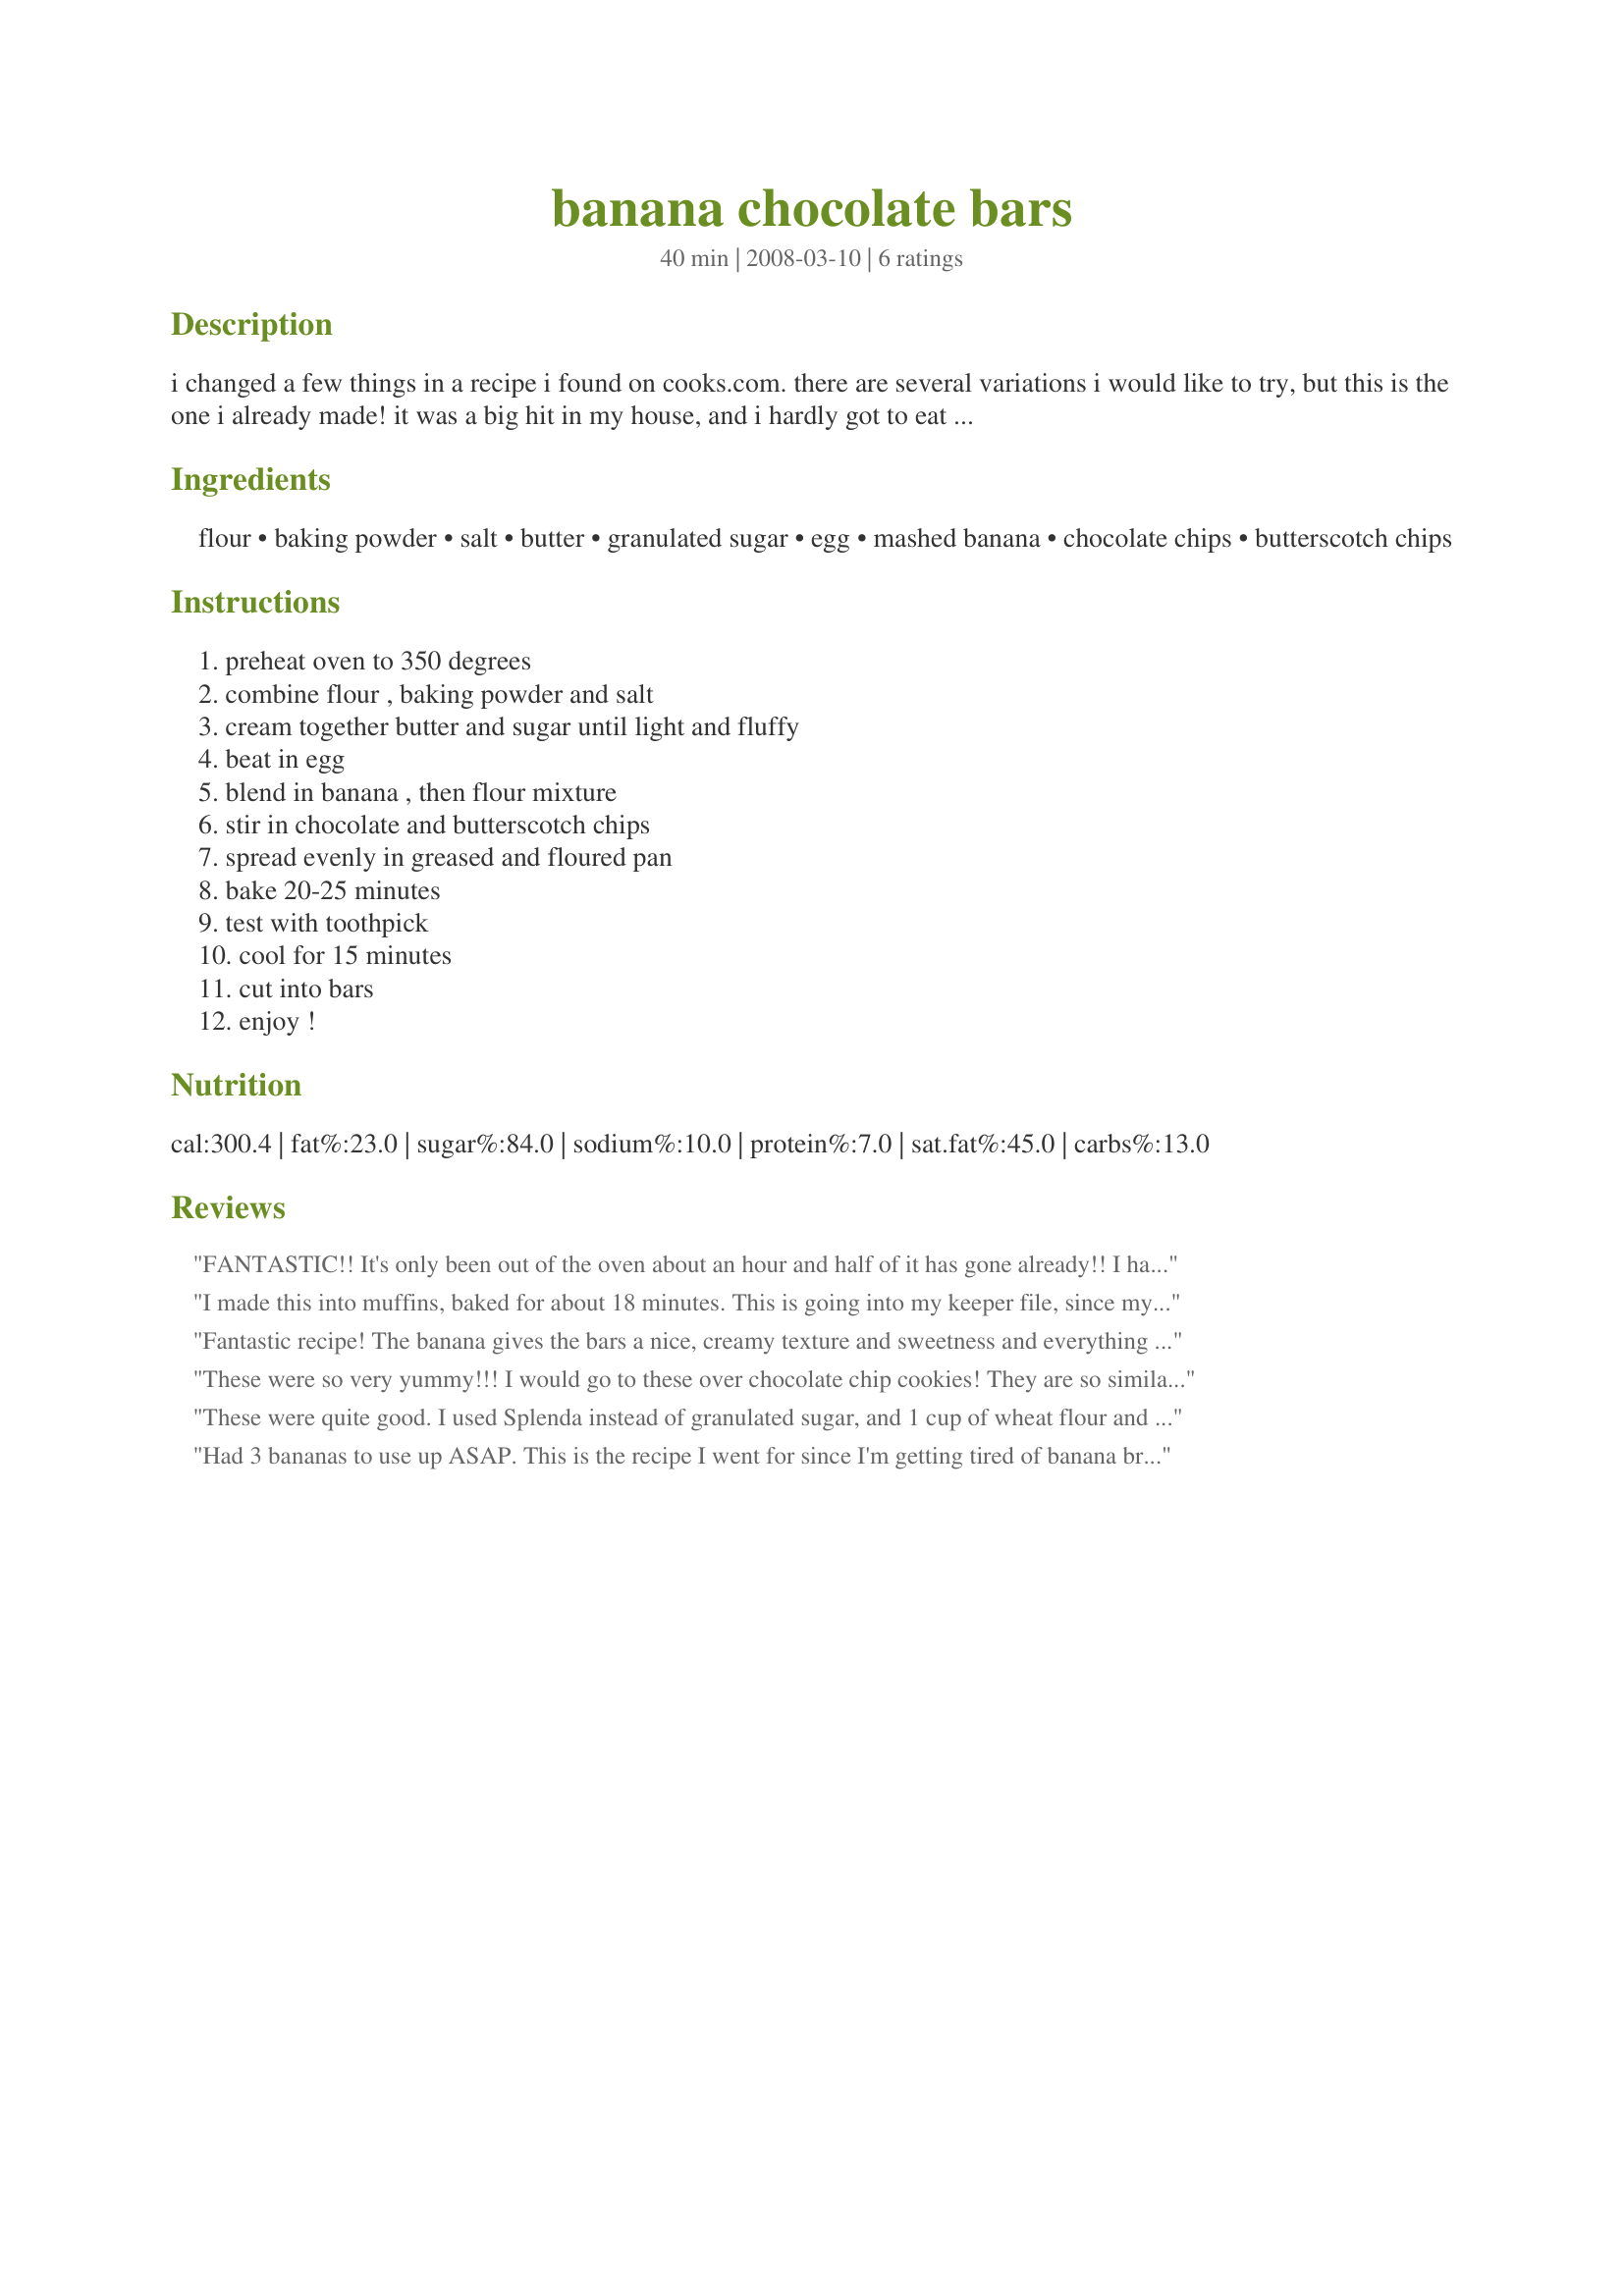
banana chocolate bars
Preparation time: 40 minutes

i changed a few things in a recipe i found on cooks.com. there are several variations i would like to try, but this is the one i already made! it was a big hit in my house, and i hardly got to eat any myself!

one other option is to add 2/3 cup of light brown sugar, firmly packed
the original recipe is baked in 10 1/2 in by 15 1/2 in pan, which will be less fluffy

Ingredients:
flour, baking powder, salt, butter, granulated sugar, egg, mashed banana, chocolate chips, butterscotch chips

Steps:
preheat oven to 350 degrees, combine flour , baking powder and salt, cream together butter and sugar until light and fluffy, beat in egg, blend in banana , then flour mixture, stir in chocolate and butterscotch chips, spread evenly in greased and floured pan, bake 20-25 minutes, test with toothpick, cool for 15 minutes, cut into bars, enjoy !

Reviews:
FANTASTIC!! It's only been out of the oven about an hour and half of it has gone already!! I have never seen butterscotch or peanut butter chips here in New ealand, so I just used some extra chocolate chips and the bars are divine! Will definitiely be making these again soon :)
I made this into muffins, baked for about 18 minutes. This is going into my keeper file, since my banana-hating child ate three of them and wanted more. I may add some whole wheat flour next time to make it a bit healthier, but is great just the way it's written. Made this for Spring PAC 09. Thank you for sharing!
Fantastic recipe! The banana gives the bars a nice, creamy texture and sweetness and everything came together very quickly in my Kitchenaid mixer. I did modify the recipe slightly in order to make it a little healthier. I used 1 cup of whole wheat pastry flour and 1 cup of all-purpose flour. I cut the butter in half and substituted it with a small plastic container of applesauce. I also cut down the chocolate/butterscotch chips to about 3 oz. each and added 2 tbs of chia seeds. Thank you so much for posting, I will definitely make this again!
These were so very yummy!!! I would go to these over chocolate chip cookies! They are so similar, only creamier because of the banana! I only had chocolate chips, so didn't get to try with butterscotch or PB, but sure they'd be great. I baked in a 9x13 pan for 20 minutes because I wanted a thinner bar, and they came out so good! I wanted to eat them all myself while they were still warm from the oven! Thanks for sharing this great recipe! Made for PAC Spring '09.
These were quite good. I used Splenda instead of granulated sugar, and 1 cup of wheat flour and 1 cup of regular flour instead of 2 cups of the regular flour. If you like bananas and chocolate, this is a good one.
Had 3 bananas to use up ASAP. This is the recipe I went for since I'm getting tired of banana bread. It was very good. I'll make this again if I have bananas to use up.
